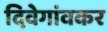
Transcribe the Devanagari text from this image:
दिवेगांवकर